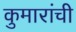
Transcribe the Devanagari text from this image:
कुमारांची